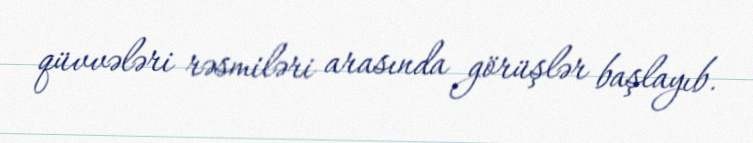
qüvvələri rəsmiləri arasında görüşlər başlayıb.